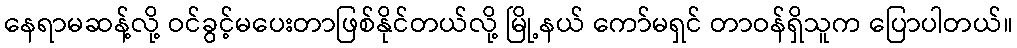
နေရာမဆန့်လို့ ဝင်ခွင့်မပေးတာဖြစ်နိုင်တယ်လို့ မြို့နယ် ကော်မရှင် တာဝန်ရှိသူက ပြောပါတယ်။